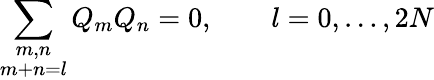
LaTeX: \sum_{\stackrel{\scriptstyle m,n}{m+n=l}}Q_{m}Q_{n}=0,\qquad l=0,\ldots,2N